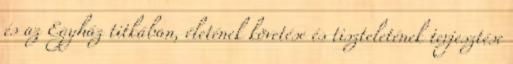
és az Egyház titkában, életének követése és tiszteletének terjesztése